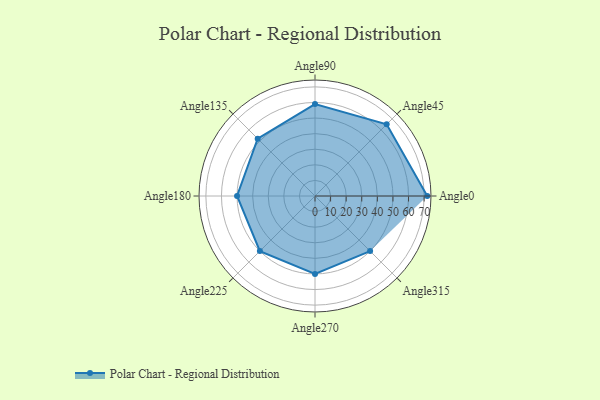
{"axis": {"x": "Angle", "y": "Radius"}, "legend": [""], "data": [{"x": "Angle0", "y": 72.0, "type": ""}, {"x": "Angle45", "y": 65.0, "type": ""}, {"x": "Angle90", "y": 59.0, "type": ""}, {"x": "Angle135", "y": 52.0, "type": ""}, {"x": "Angle180", "y": 50, "type": ""}, {"x": "Angle225", "y": 50, "type": ""}, {"x": "Angle270", "y": 50, "type": ""}, {"x": "Angle315", "y": 50, "type": ""}]}